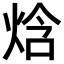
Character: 焓